Rangoon Lunatic Asylum 1898-1906 - 1898-1906
Year: 1898
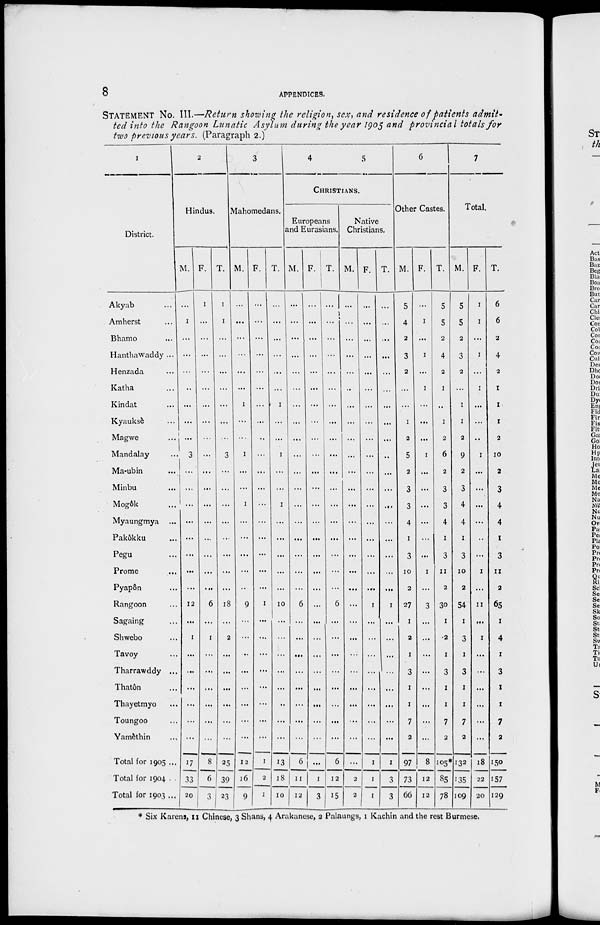
8
APPENDICES.
STATEMENT NO. III.—Return showing the religion, sex, and residence of patients admit-
ted into the Rangoon Lunatic Asylum during the year 1905 and provincial
totals for
two previous years. (Paragraph 2.)
1
District.
Akyab
...
Amherst ...
Bhamo ...
Hanthawaddy ...
Henzada ...
Katha ...
Kindat ...
Kyauksè ...
Magwe ...
Mandalay ...
Ma-ubin ...
Minbu ...
Mogôk ...
Myaungmya ...
Pakôkku ...
Pegu ...
Prome ...
Pyapôn ...
Rangoon ...
Sagaing ...
Shwebo ...
Tavoy ...
Tharrawddy ...
Thatôn ...
Thayetmyo ...
Toungoo ...
Yamèthin ...
Total for 1905 ...
Total for 1904 ...
Total for 1903 ...
2
Hindus.
M.
...
1
...
...
...
...
...
...
...
3
...
...
...
...
...
...
...
...
12
...
1
...
...
...
...
...
...
17
33
20
F.
1
...
...
...
...
...
...
...
...
...
...
...
...
...
...
...
...
...
6
...
1
...
...
...
...
...
...
8
6
3
T.
1
1
...
...
...
...
...
...
...
3
...
...
...
...
...
...
...
...
18
...
2
...
...
...
...
...
...
25
39
23
3
Mahomedans.
M.
...
...
...
...
...
...
1
...
...
1
...
...
1
...
...
...
...
...
9
...
...
...
...
...
...
...
...
12
16
9
F.
...
...
...
...
...
...
...
...
...
...
...
...
...
...
...
...
...
...
1
...
...
...
...
...
...
...
...
1
2
1
T.
...
...
...
...
...
...
1
...
...
1
...
...
1
...
...
...
...
...
10
1
...
...
...
...
...
...
...
13
18
10
4
5
CHRISTIANS.
Europeans
and Eurasians.
M.
...
...
...
...
...
...
...
...
...
...
...
...
...
...
...
...
...
...
6
...
...
...
...
...
...
...
...
6
11
12
F.
...
...
...
...
...
...
...
...
...
...
...
...
...
...
...
...
...
...
...
...
...
...
...
...
...
...
...
...
1
3
T.
...
...
...
...
...
...
...
...
...
...
...
...
...
...
...
...
...
...
6
...
...
...
...
...
...
...
...
6
12
15
Native
Christians.
M.
...
...
...
...
...
..
...
...
...
...
...
...
...
...
...
...
...
...
...
...
...
...
...
...
...
...
...
...
2
2
F.
...
...
...
...
...
...
...
...
...
...
...
...
...
...
...
...
...
...
1
...
...
...
...
...
...
...
...
1
1
1
T.
...
...
...
...
...
...
...
...
...
...
...
...
...
...
...
...
...
...
1
...
...
...
...
...
...
...
...
1
3
3
6
Other Castes.
M.
5
4
2
3
2
...
...
1
2
5
2
3
3
4
1
3
10
2
27
1
2
1
3
1
1
7
2
97
73
66
F.
...
1
...
1
...
1
...
...
...
1
...
...
...
...
...
1
...
3
...
...
...
...
...
...
...
...
8
12
12
T.
5
5
2
4
2
1
..
1
2
6
2
3
3
4
1
3
11
2
30
1
2
1
3
1
1
7
2
105*
85
78
7
Total.
M.
5
5
2
3
2
...
1
1
2
9
2
3
4
4
1
3
10
2
54
1
3
1
3
1
1
7
2
132
135
109
F.
1
1
...
1
...
1
...
...
...
1
...
...
...
...
...
...
1
...
11
...
1
...
...
...
...
...
...
18
22
20
T.
6
6
2
4
2
1
1
1
2
10
2
3
4
4
1
3
11
2
65
1
4
1
3
1
1
7
2
150
157
129
* Six Karens, 11 Chinese, 3 Shans, 4 Arakanese, 2 Palaungs, 1 Kachin and the rest Burmese.